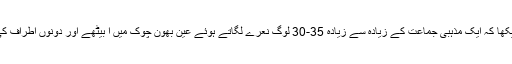
پچھلے دنوں میں نے اپنی بالکونی سے‘ جو چکوال مین روڈ پہ ہے‘ دیکھا کہ ایک مذہبی جماعت کے زیادہ سے زیادہ 35-30 لوگ نعرے لگاتے ہوئے عین بھون چوک میں آ بیٹھے اور دونوں اطراف کی ٹریفک معطل ہو گئی جبکہ پولیس وہاں تماشائی بن کے کھڑی رہی۔